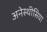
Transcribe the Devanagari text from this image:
अनेस्थीसिया